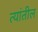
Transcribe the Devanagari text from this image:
त्‍यांतील